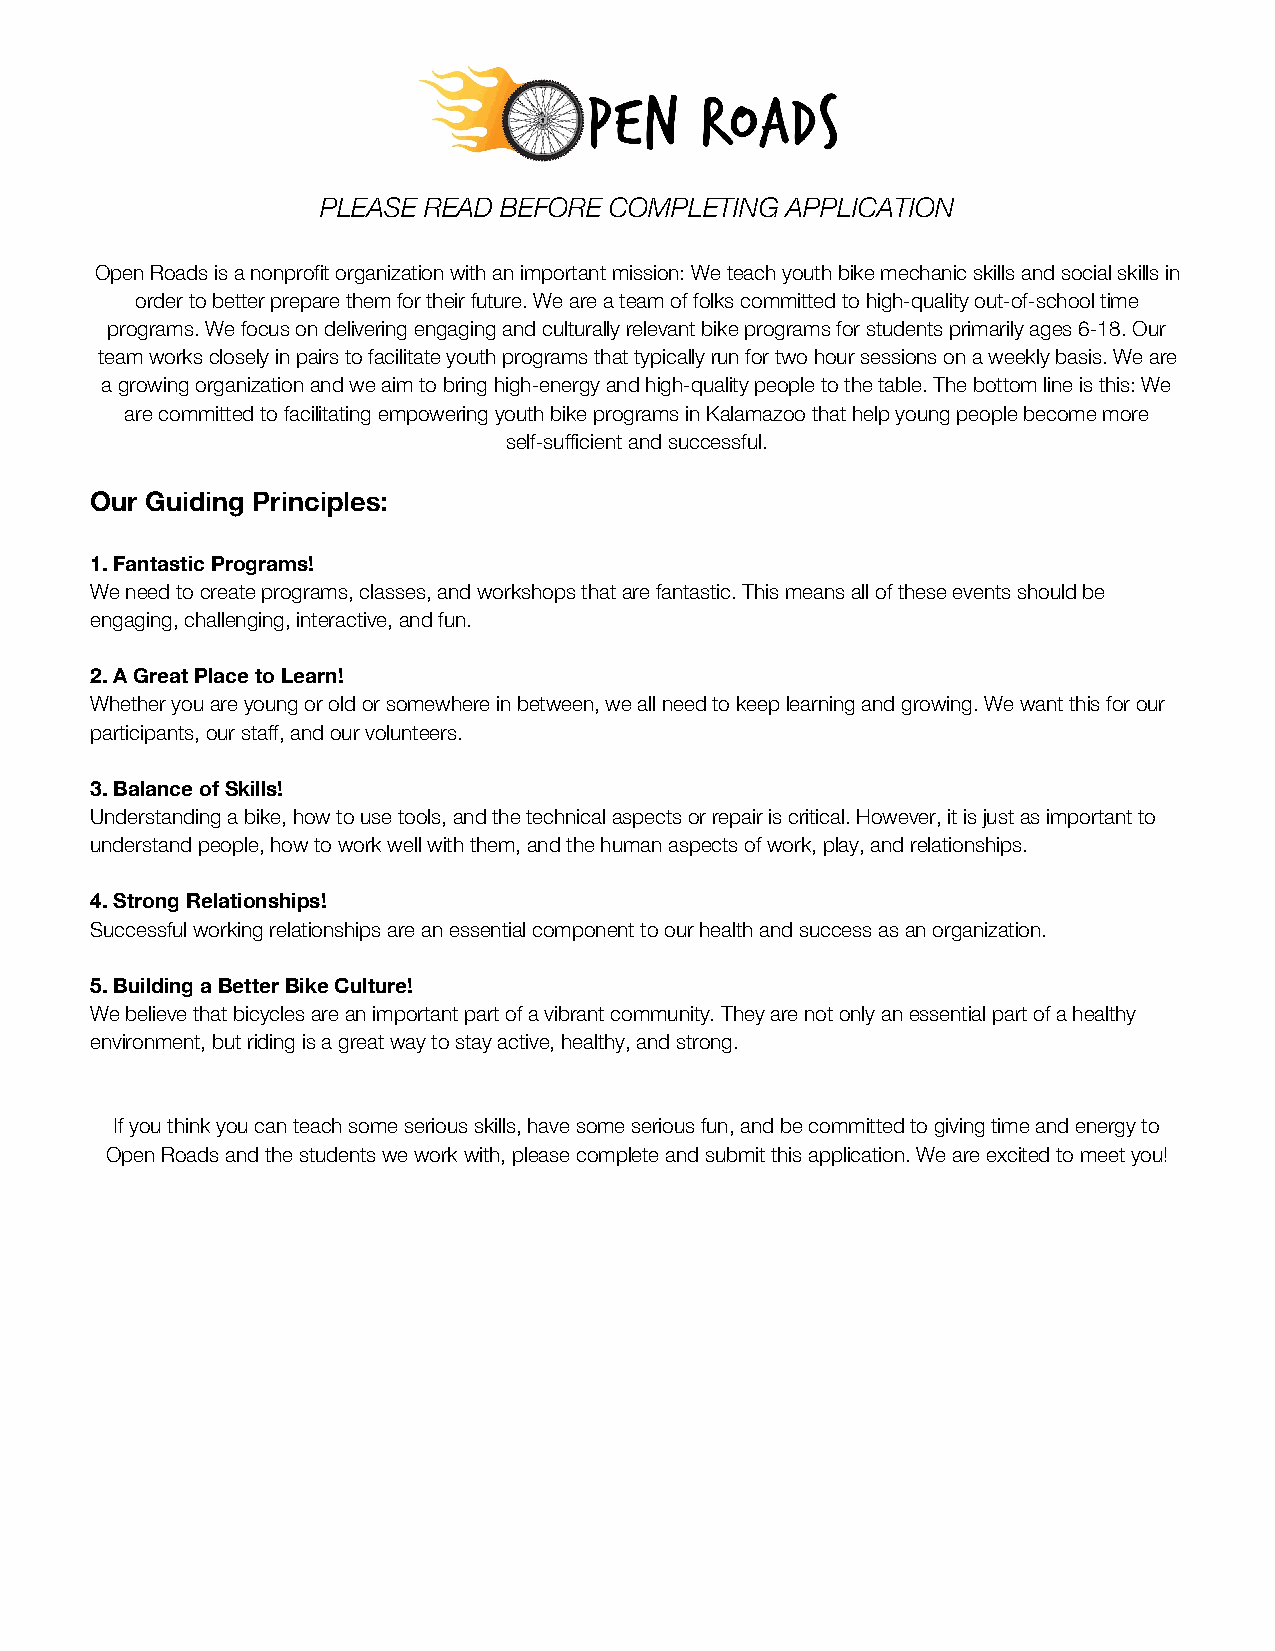
PLEASE READ BEFORE COMPLETING  APPLICATION
 Open Roads is a nonprofit organization with an important mission: We teach youth bike mechanic skills and social skills in
 order to better prepare them for their future. We are a team of folks committed to high-quality out-of-school time
 ​
 programs. We focus on delivering engaging and culturally relevant bike programs for students primarily ages 6-18. Our
 team works closely in pairs to facilitate youth programs that typically run for two hour sessions on a weekly basis. We are
 ​
 a growing organization and we aim to bring high-energy and high-quality people to the table. The bottom line is this: We
 are committed to facilitating empowering youth bike programs in Kalamazoo that help young people become more
 self-sufficient and successful.
 Our Guiding Principles:
 1. Fantastic Programs!
 We need to create programs, classes, and workshops that are fantastic. This means all of these events should be
 engaging, challenging, interactive, and fun.
 2. A Great Place to Learn!
 Whether you are young or old or somewhere in between, we all need to keep learning and growing. We want this for our
 participants, our staff, and our volunteers.
 3. Balance of Skills!
 Understanding a bike, how to use tools, and the technical aspects or repair is critical. However, it is just as important to
 understand people, how to work well with them, and the human aspects of work, play, and relationships.
 4. Strong Relationships!
 Successful working relationships are an essential component to our health and success as an organization.
 5. Building a Better Bike Culture!
 We believe that bicycles are an important part of a vibrant community. They are not only an essential part of a healthy
 environment, but riding is a great way to stay active, healthy, and strong.
 If you think you can teach some serious skills, have some serious fun, and be committed to giving time and energy to
 Open Roads and the students we work with, please complete and submit this application. We are excited to meet you!